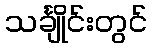
သင်္ချိုင်းတွင်